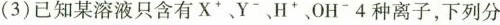
(3)已知某溶液只含有X^{+}Y^{-} H^{+} OH^{-} 4种离子，下列分